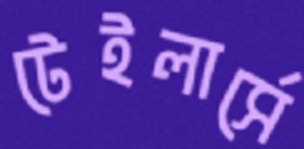
টেইলার্সে